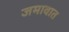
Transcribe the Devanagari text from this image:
जमावात